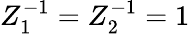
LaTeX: Z_{1}^{-1}=Z_{2}^{-1}=1